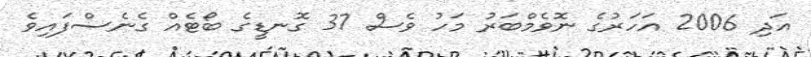
އަދި 2006 އަހަރުގެ ނޮވެމްބަރު މަހު ވެސް 37 ގޮނޑީގެ ބޯޓެއް ގެނެސްފައިވެ